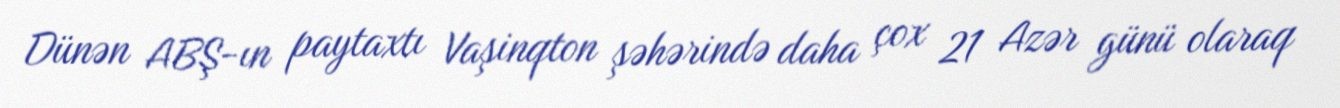
Dünən ABŞ-ın paytaxtı Vaşinqton şəhərində daha çox 21 Azər günü olaraq